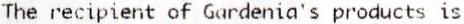
THE RECIPIENT OF GARDENIA'S PRODUCTS IS